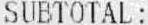
SUBTOTAL :